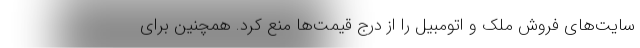
سایت‌های فروش ملک و اتومبیل را از درج قیمت‌ها منع کرد. همچنین برای